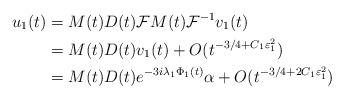
LaTeX: \begin{align*}u_1(t) & = M(t)D(t) \mathcal{F} M(t) \mathcal{F}^{-1}v_1(t) \\& = M(t)D(t) v_1 (t) + O(t^{-3/4 + C_1 \varepsilon^2_1}) \\& = M(t) D(t) e^{-3i\lambda_1 \Phi_1 (t)} \alpha + O(t^{-3/4 + 2C_1 \varepsilon^2_1}) \end{align*}